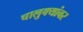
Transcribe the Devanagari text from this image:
चालुक्यांवर